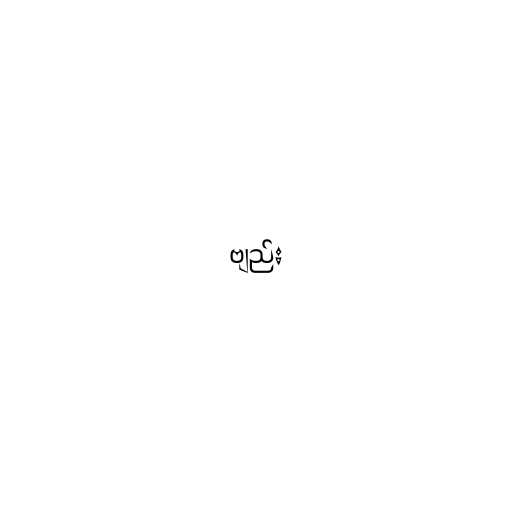
ဗျည်း